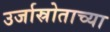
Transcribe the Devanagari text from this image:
उर्जास्रोताच्या